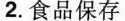
2.食品保存